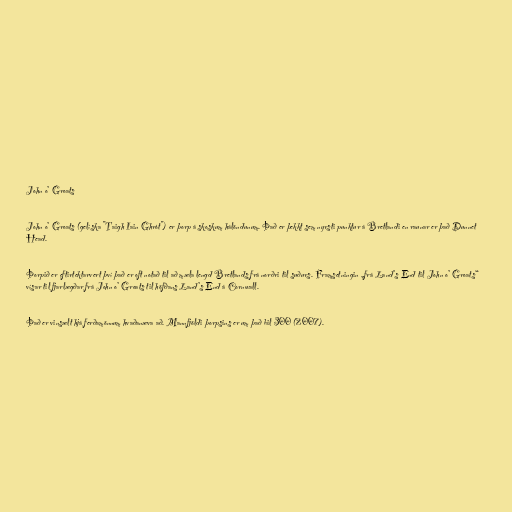
John o’ Groats

John o’ Groats (gelíska "Taigh Iain Ghròt") er þorp á skoskum hálöndunum. Það er þekkt sem nyrsti punktur á Bretlandi en raunar er það Dunnet
Head.

Þorpið er eftirtektarvert því það er oft notað til að mæla lengd Bretlands frá norðri til suðurs. Framsetningin „frá Land’s End til John o’ Groats“
vísar til fjarlægðar frá John o’ Groats til höfðans Land’s End á Cornwall.

Það er vinsælt hjá ferðamönnum hvaðanæva að. Mannfjöldi þorpsins er um það bil 300 (2007).